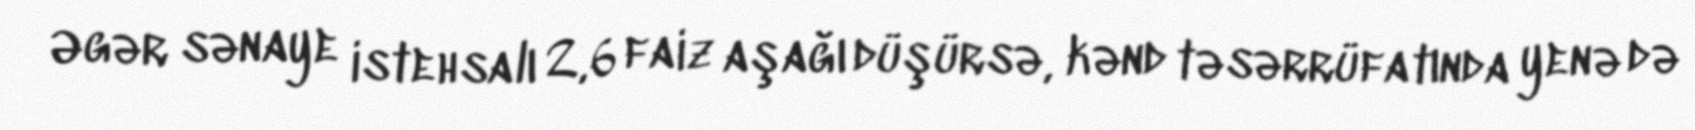
Əgər sənaye istehsalı 2,6 faiz aşağı düşürsə, kənd təsərrüfatında yenə də